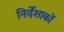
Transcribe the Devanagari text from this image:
निर्देंशाकों